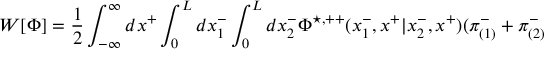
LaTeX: W [ { \Phi } ] = \frac { 1 } { 2 } \int _ { - \infty } ^ { \infty } d x ^ { + } \int _ { 0 } ^ { L } d x _ { 1 } ^ { - } \int _ { 0 } ^ { L } d x _ { 2 } ^ { - } { \Phi } ^ { \star , + + } ( x _ { 1 } ^ { - } , x ^ { + } | x _ { 2 } ^ { - } , x ^ { + } ) ( { \pi } _ { ( 1 ) } ^ { - } + { \pi } _ { ( 2 ) } ^ { - }